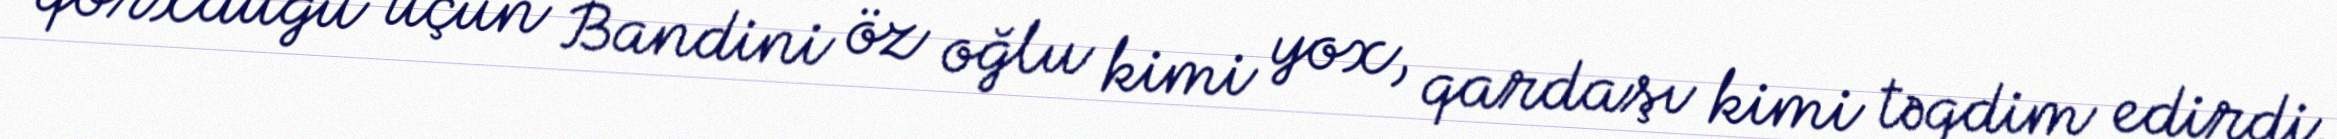
qorxduğu üçün Bandini öz oğlu kimi yox, qardaşı kimi təqdim edirdi.